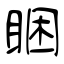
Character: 睏